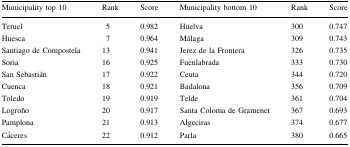
<table><thead><tr><td><b>Municipality top 10</b></td><td><b>Rank</b></td><td><b>Score</b></td><td><b>Municipality bottom 10</b></td><td><b>Rank</b></td><td><b>Score</b></td></tr></thead><tbody><tr><td>Teruel</td><td>5</td><td>0.982</td><td>Huelva</td><td>300</td><td>0.747</td></tr><tr><td>Huesca</td><td>7</td><td>0.964</td><td>Málaga</td><td>309</td><td>0.743</td></tr><tr><td>Santiago de Compostela</td><td>13</td><td>0.941</td><td>Jerez de la Frontera</td><td>326</td><td>0.735</td></tr><tr><td>Soria</td><td>16</td><td>0.925</td><td>Fuenlabrada</td><td>333</td><td>0.730</td></tr><tr><td>San Sebastián</td><td>17</td><td>0.922</td><td>Ceuta</td><td>344</td><td>0.720</td></tr><tr><td>Cuenca</td><td>18</td><td>0.921</td><td>Badalona</td><td>356</td><td>0.709</td></tr><tr><td>Toledo</td><td>19</td><td>0.919</td><td>Telde</td><td>361</td><td>0.704</td></tr><tr><td>Logroño</td><td>20</td><td>0.917</td><td>Santa Coloma de Gramenet</td><td>367</td><td>0.693</td></tr><tr><td>Pamplona</td><td>21</td><td>0.913</td><td>Algeciras</td><td>374</td><td>0.677</td></tr><tr><td>Cáceres</td><td>22</td><td>0.912</td><td>Parla</td><td>380</td><td>0.665</td></tr></tbody></table>